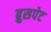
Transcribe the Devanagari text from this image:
ब्रुसपेट